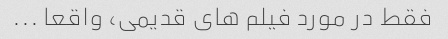
فقط در مورد فیلم های قدیمی، واقعا ...